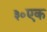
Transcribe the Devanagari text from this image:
३०एक